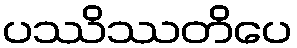
ပဿိဿတိပေ